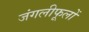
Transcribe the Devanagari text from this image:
जंगलीफूलों